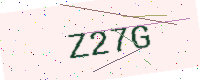
Text: Z27G